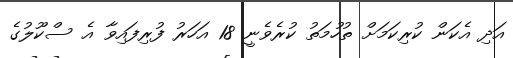
އަދި އެކަން ކުރިކަމަށް ތުހުމަތު ކުރެވެނީ 18 އަހަރު ފުރިފައިވާ އެ ސްކޫލުގެ